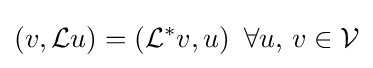
{\mathcal {(}}v,{\mathcal {L}}u)=({\mathcal {L}}^{*}v,u)\,\,\,\forall u,\,v\in {\mathcal {V}}